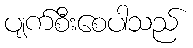
ပျက်စီးစေပါသည်